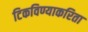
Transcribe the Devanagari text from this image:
टिकविण्याकरिता